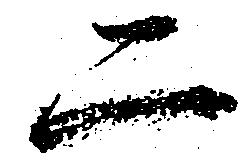
二